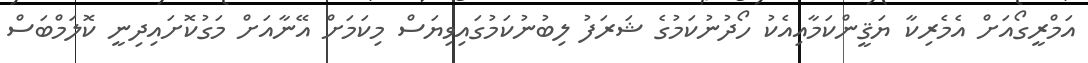
އަމްރީގޯއަށް އެމެރިކާ ޔަޤީންކަމާއިއެކު ހޯދުނުކަމުގެ ޝަރަފު ލިބުނުކަމުގައިވިޔަސް މިކަމަށް އޭނާއަށް މަގުކޮށައިދިނީ ކޮލަމްބަސް